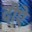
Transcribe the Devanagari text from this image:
दीऐ